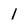
Character: 1